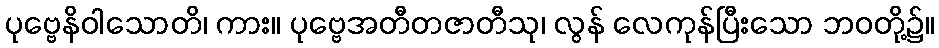
ပုဗ္ဗေနိဝါသောတိ၊ ကား။ ပုဗ္ဗေအတီတဇာတီသု၊ လွန် လေကုန်ပြီးသော ဘဝတို့၌။